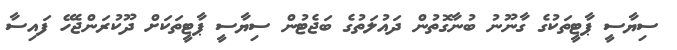
ސިޔާސީ ޕާޓީތަކުގެ ގާނޫނު ބުނާގޮތުން ދައުލަތުގެ ބަޖެޓުން ސިޔާސީ ޕާޓީތަކަށް ދޫކުރަންޖެހޭ ފައިސާ